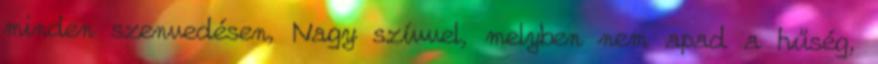
minden szenvedésen, Nagy szívvel, melyben nem apad a hűség,